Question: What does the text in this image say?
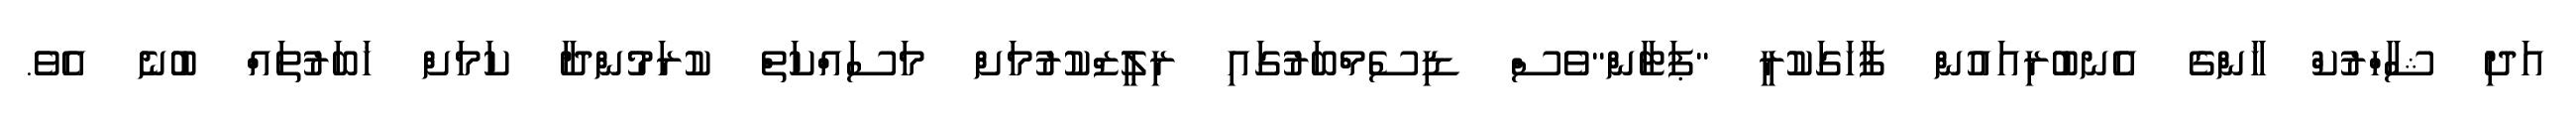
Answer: އަދި ޝާހްރުކް ޚާންގެ އެނބުރިއައުން ފާހަގަކުރީ "ޕަޓާން"ވެސް ޑިސެމްބަރުގައި ރިލީޒްކުރުމަށް މަސައްކަތް ކުރަމުންދާ ކަމަށް ޚަބަރުތައް ބުނެ އެވެ.